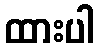
ထားပါ